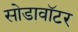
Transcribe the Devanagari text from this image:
सोडावॉटर